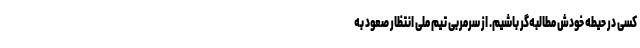
کسی در حیطه خودش مطالبه‌گر باشیم. از سرمربی تیم ملی انتظار صعود به